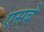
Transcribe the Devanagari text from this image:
एसबे